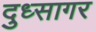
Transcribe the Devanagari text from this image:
दुध्सागर